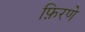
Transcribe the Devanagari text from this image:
फ़िरणे